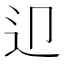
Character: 𨑏